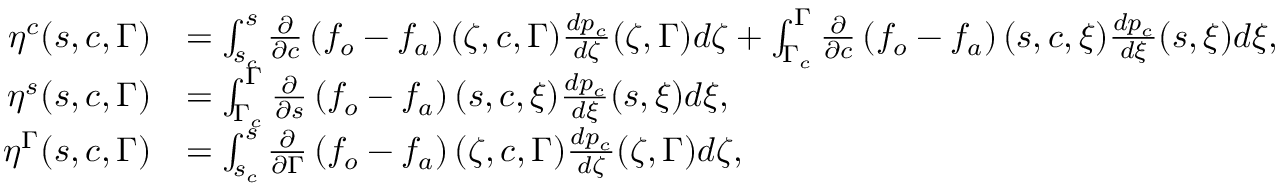
\begin{array} { r l r } { \eta ^ { c } ( s , c , \Gamma ) } & { = \int _ { s _ { c } } ^ { s } \frac { \ensuremath { \partial } } { \ensuremath { \partial } c } \left( f _ { o } - f _ { a } \right) ( \zeta , c , \Gamma ) \frac { d p _ { c } } { d \zeta } ( \zeta , \Gamma ) d \zeta + \int _ { \Gamma _ { c } } ^ { \Gamma } \frac { \ensuremath { \partial } } { \ensuremath { \partial } c } \left( f _ { o } - f _ { a } \right) ( s , c , \xi ) \frac { d p _ { c } } { d \xi } ( s , \xi ) d \xi , } & \\ { \eta ^ { s } ( s , c , \Gamma ) } & { = \int _ { \Gamma _ { c } } ^ { \Gamma } \frac { \ensuremath { \partial } } { \ensuremath { \partial } s } \left( f _ { o } - f _ { a } \right) ( s , c , \xi ) \frac { d p _ { c } } { d \xi } ( s , \xi ) d \xi , } & \\ { \eta ^ { \Gamma } ( s , c , \Gamma ) } & { = \int _ { s _ { c } } ^ { s } \frac { \ensuremath { \partial } } { \ensuremath { \partial } \Gamma } \left( f _ { o } - f _ { a } \right) ( \zeta , c , \Gamma ) \frac { d p _ { c } } { d \zeta } ( \zeta , \Gamma ) d \zeta , } & \end{array}